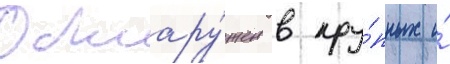
Обнару́жен в кру́пных и́